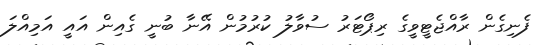
ފެނިގެން ރާއްޖެޓީވީގެ ރިޕޯޓަރު ސުވާލު ކުރުމުން އޭނާ ބުނީ ގެއިން އައީ އަމިއްލަ